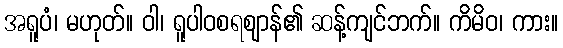
အရူပံ၊ မဟုတ်။ ဝါ၊ ရူပါဝစရဈာန်၏ ဆန့်ကျင်ဘက်။ ကိမိဝ၊ ကား။